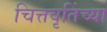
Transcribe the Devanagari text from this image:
चित्तवृतिंच्या